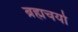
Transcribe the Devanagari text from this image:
ब्रह्मचर्या